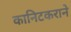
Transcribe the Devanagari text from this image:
कानिटकराने